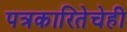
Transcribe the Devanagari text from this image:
पत्रकारितेचेही